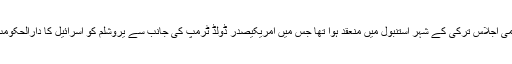
57 مسلمان ممالک پر مشتمل تنظیم او آئی سی کا ہنگامی اجلاس ترکی کے شہر استنبول میں منعقد ہوا تھا جس میں امریکیصدر ڈولڈ ٹرمپ کی جانب سے یروشلم کو اسرائیل کا دارالحکومت تسلیم کرنے کے فیصلے کو غیرقانونی قرار دیا گیا۔